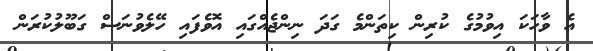
އެ ވާހަކަ އިވުމުގެ ކުރިން ކިތަންމެ ގަދަ ނިންޖެއްގައި އޮވެފައި ހޭލެވުނަސް ގަބޫލުކުރަން